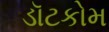
ડૉટકોમ